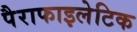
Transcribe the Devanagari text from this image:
पैराफाइलेटिक